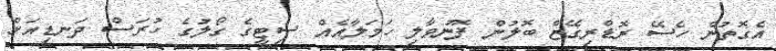
އެގޮތުން ހެސޭ ރޮޑްރިގޭޒް ބޮލުން ފޮނުވާލި ހަމަލާއެއް ސިޓީގެ ގޯލުގެ ހުރަސް ދަނޑިއަށް